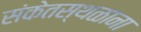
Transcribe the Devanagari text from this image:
संकेतस्थळाना